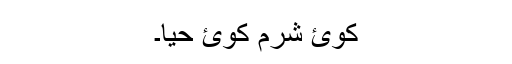
کوئ شرم کوئ حیا۔